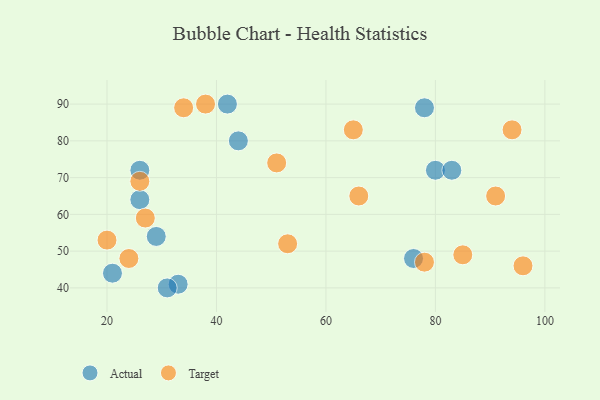
{"axis": {"x": "GDP", "y": "Life Expectancy"}, "legend": ["Actual", "Target"], "data": [{"x": "33", "y": 41, "type": "Actual"}, {"x": "44", "y": 80, "type": "Actual"}, {"x": "31", "y": 40, "type": "Actual"}, {"x": "78", "y": 89, "type": "Actual"}, {"x": "21", "y": 44, "type": "Actual"}, {"x": "80", "y": 72, "type": "Actual"}, {"x": "26", "y": 72, "type": "Actual"}, {"x": "29", "y": 54, "type": "Actual"}, {"x": "26", "y": 64, "type": "Actual"}, {"x": "83", "y": 72, "type": "Actual"}, {"x": "76", "y": 48, "type": "Actual"}, {"x": "42", "y": 90, "type": "Actual"}, {"x": "65", "y": 83, "type": "Target"}, {"x": "66", "y": 65, "type": "Target"}, {"x": "78", "y": 47, "type": "Target"}, {"x": "26", "y": 69, "type": "Target"}, {"x": "94", "y": 83, "type": "Target"}, {"x": "27", "y": 59, "type": "Target"}, {"x": "53", "y": 52, "type": "Target"}, {"x": "38", "y": 90, "type": "Target"}, {"x": "24", "y": 48, "type": "Target"}, {"x": "51", "y": 74, "type": "Target"}, {"x": "85", "y": 49, "type": "Target"}, {"x": "34", "y": 89, "type": "Target"}, {"x": "91", "y": 65, "type": "Target"}, {"x": "20", "y": 53, "type": "Target"}, {"x": "96", "y": 46, "type": "Target"}]}